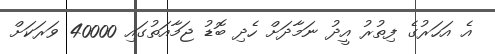
އެ އަހަރުގެ ފިތުރު އީދު ނަމާދަށް ހެދި ބޮޑު ޖަމާއަތުގައި 40000 ވަރަކަށް